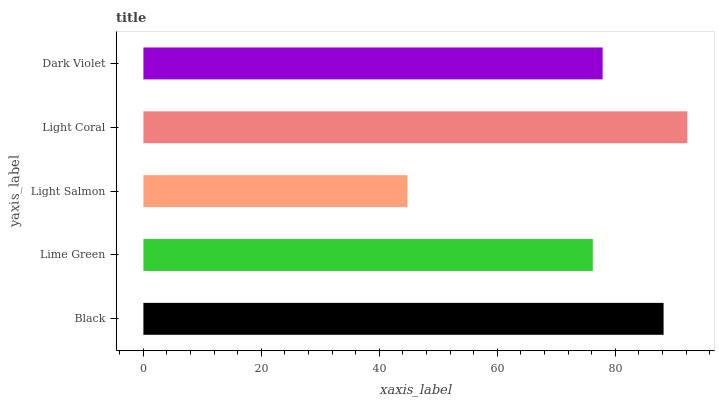
| yaxis_label | bars |
 | --- | --- |
 | Black | 88.2 |
 | Lime Green | 76.2 |
 | Light Salmon | 44.8 |
 | Light Coral | 92.2 |
 | Dark Violet | 77.8 |